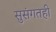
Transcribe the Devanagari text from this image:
सुसंगतही